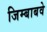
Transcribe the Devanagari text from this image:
जिम्बाबवे